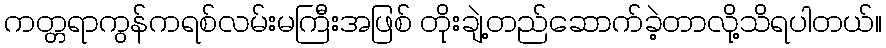
ကတ္တရာကွန်ကရစ်လမ်းမကြီးအဖြစ် တိုးချဲ့တည်ဆောက်ခဲ့တာလို့သိရပါတယ်။